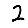
Digit: 2